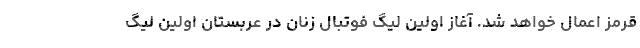
قرمز اعمال خواهد شد. آغاز اولین لیگ فوتبال زنان در عربستان اولین لیگ